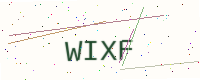
Text: WIXF